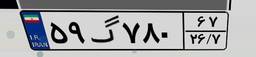
۹۵گ۰۱۸۲۵